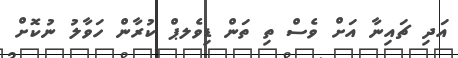
އަދި ޗައިނާ އަށް ވެސް ތި ތަން ޑިވެލޕް ކުރާން ހަވާލު ނުކޮށް